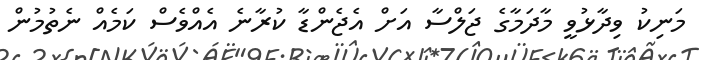
މަނިކު ވިދާޅުވީ މާދަމާގެ ޖަލްސާ އަށް އެޖެންޑާ ކުރާނެ އެއްވެސް ކަމެއް ނެތުމުން